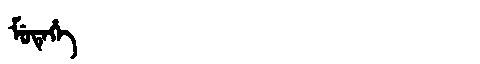
Manchu: ᠮᡠᡨᡝᡥᡝ
Romanization: MUTEHE